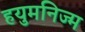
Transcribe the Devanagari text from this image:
हयुमनिज्म